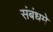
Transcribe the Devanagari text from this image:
संबंधमे